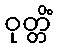
ဝုတ္တိံ